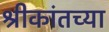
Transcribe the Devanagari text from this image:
श्रीकांतच्या